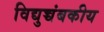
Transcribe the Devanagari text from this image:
विद्युच्चंबकीय